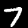
Label: 7